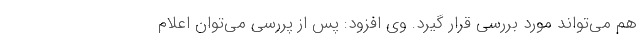
هم می‌تواند مورد بررسی قرار گیرد. وی افزود: پس از پررسی می‌توان اعلام